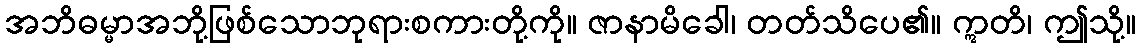
အဘိဓမ္မာအဘို့ဖြစ်သောဘုရားစကားတို့ကို။ ဇာနာမိခေါ၊ တတ်သိပေ၏။ ဣတိ၊ ဤသို့။